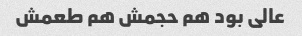
عالی بود هم حجمش هم طعمش